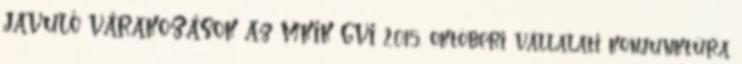
JAVULÓ VÁRAKOZÁSOK Az MKIK GVI 2015. októberi vállalati konjunktúra